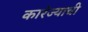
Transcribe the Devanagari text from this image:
कारंज्याची